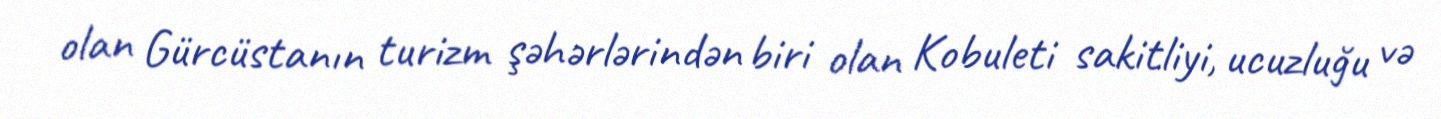
olan Gürcüstanın turizm şəhərlərindən biri olan Kobuleti sakitliyi, ucuzluğu və